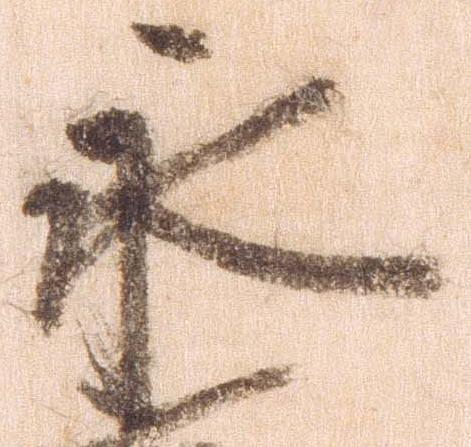
永